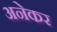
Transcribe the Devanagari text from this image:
अनेकर